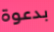
بدعوة